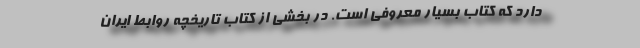
دارد که کتاب بسیار معروفی است. در بخشی از کتاب تاریخچه روابط ایران